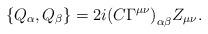
LaTeX: \begin{align*}\left\{Q_\alpha, Q_\beta\right\}=2i{(C\Gamma^{\mu\nu})}_{\alpha\beta}Z_{\mu\nu}.\end{align*}